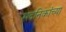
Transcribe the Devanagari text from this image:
सदनिकांच्या